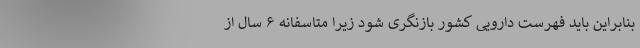
بنابراین باید فهرست دارویی کشور بازنگری شود زیرا متاسفانه ۶ سال از